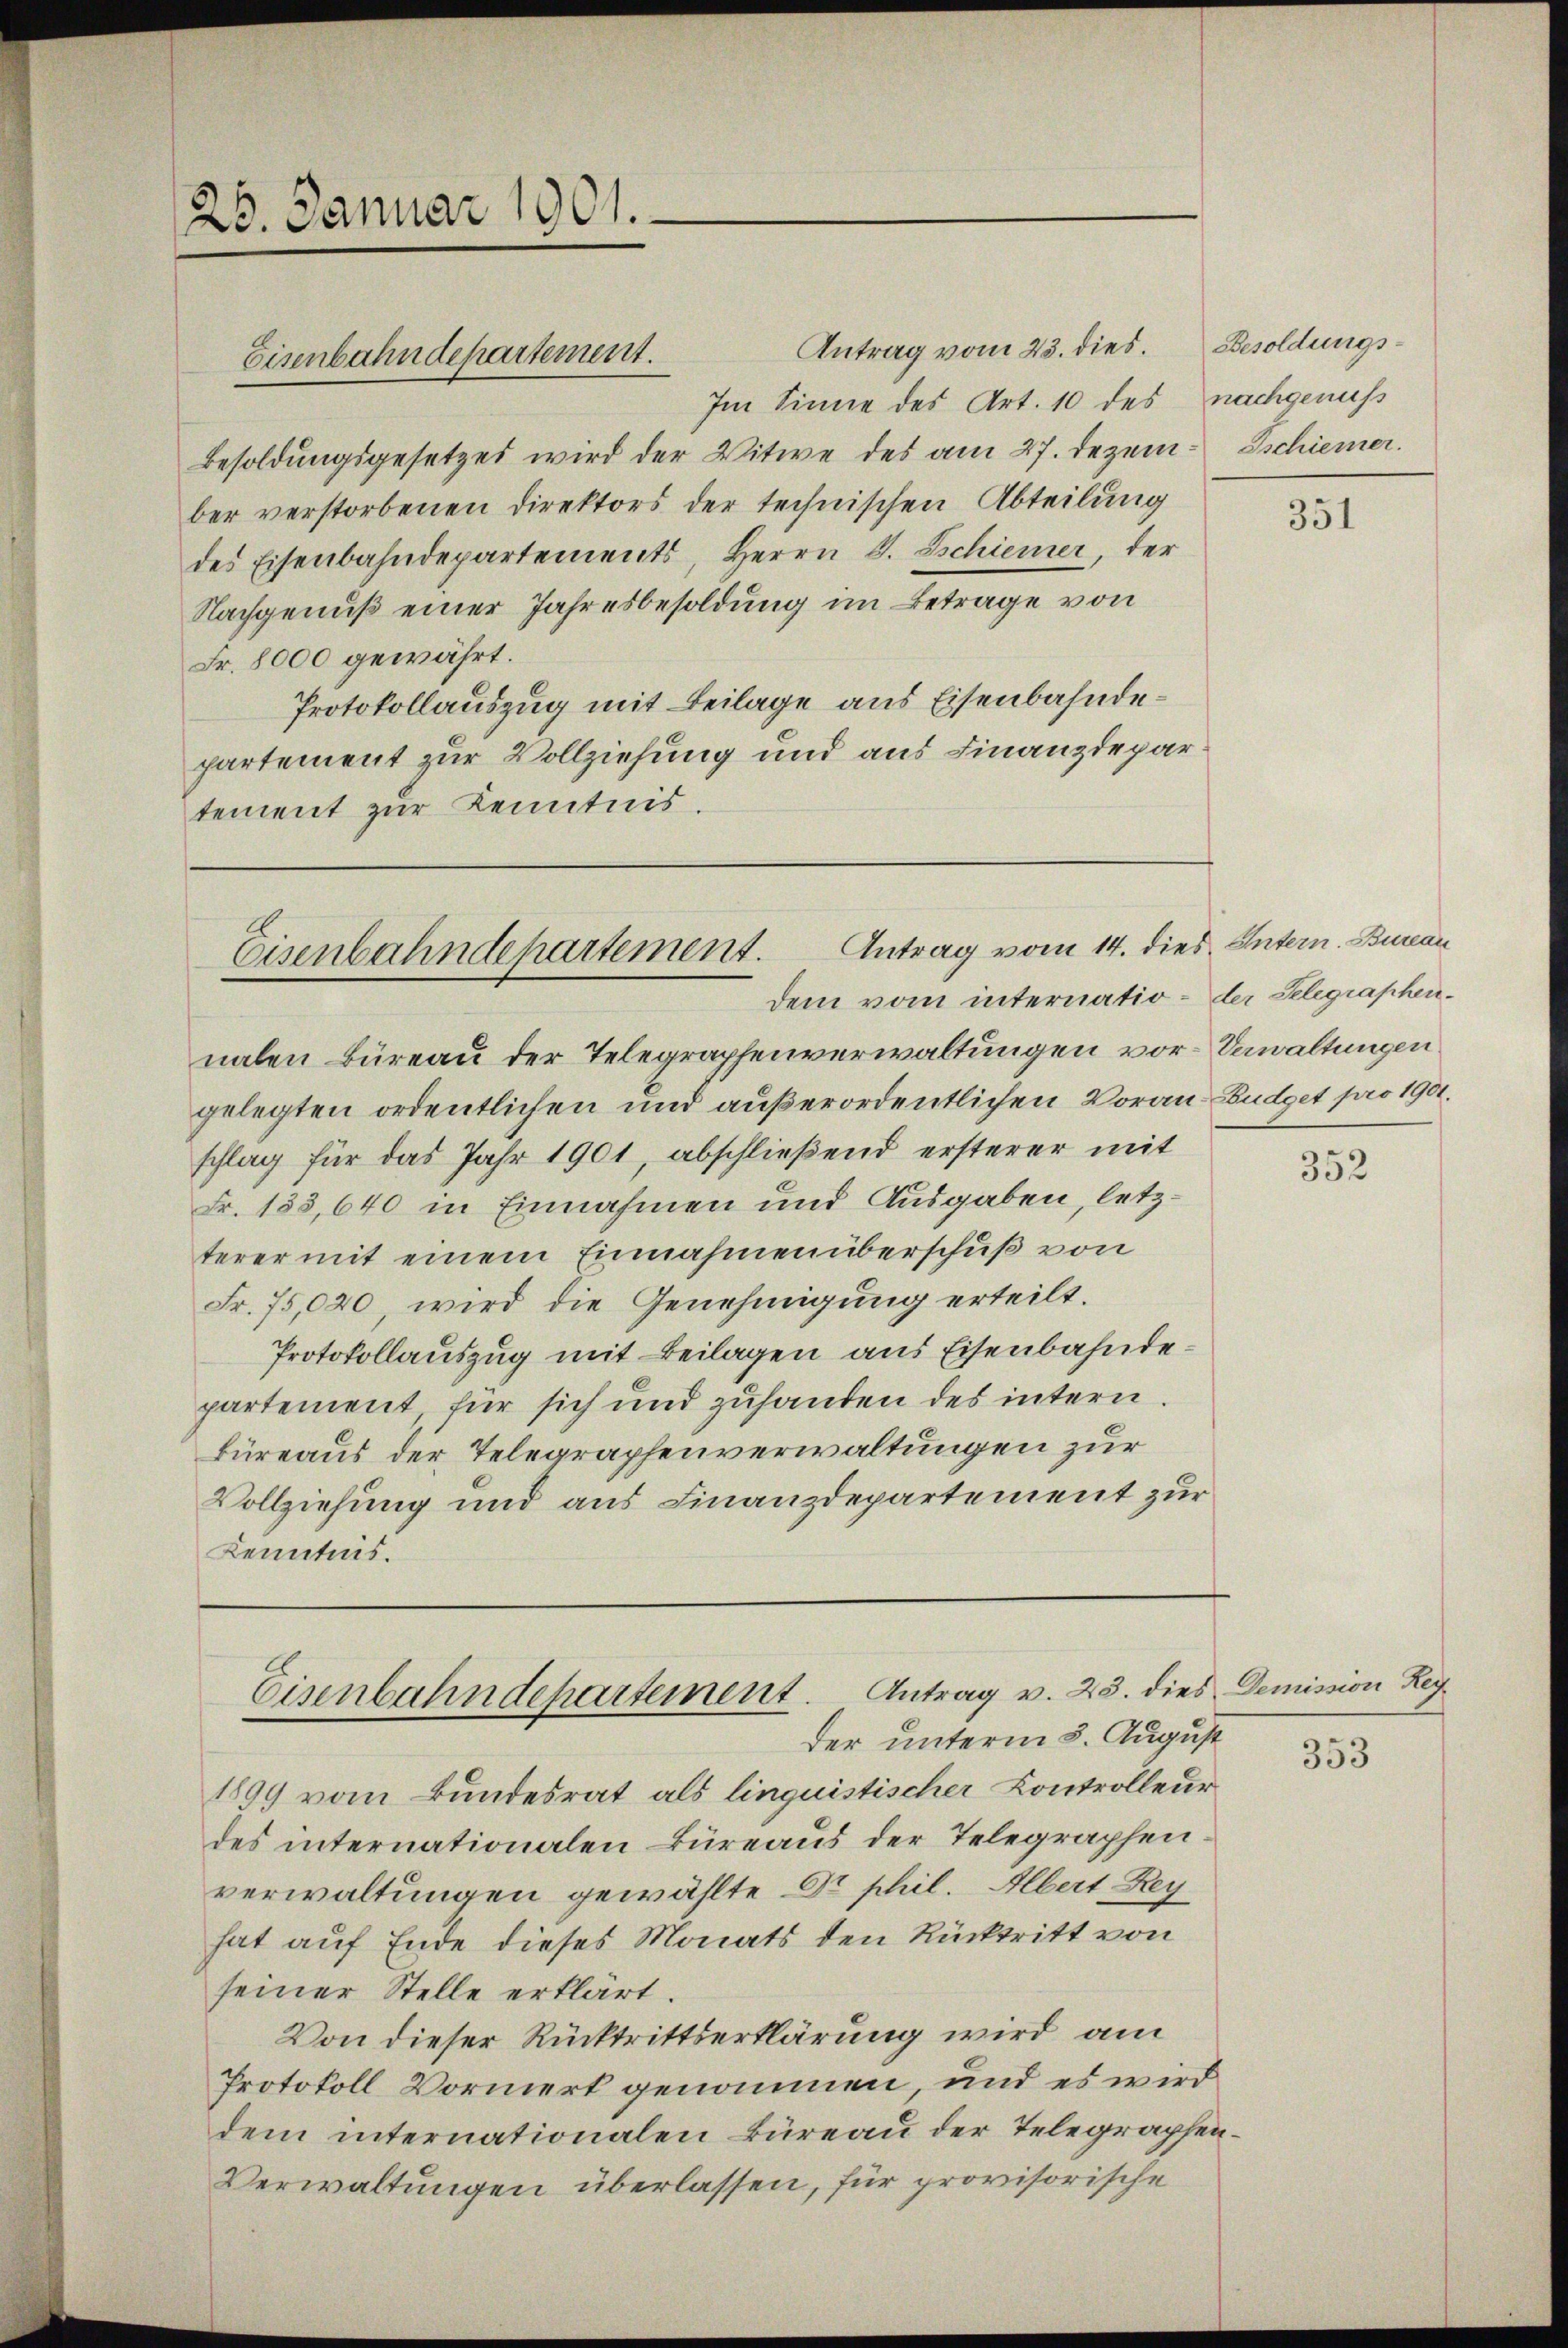
20. Januar 1901.

Antrag vom 23. dies. Besoldungs-
Im Sinne des Art. 10 des nachgenuss
Besoldungsgesetzes wird der Witwe des am 27. Dezem- Tschiener.
ber verstorbenen Direktors der technischen Abteilung
des Eisenbahndepartements, Herrn J. Schiener, der
Nachgenuß einer Jahresbesoldung im Betrage von
Fr. 8000 gewährt.
Protokollauszug mit Beilage aus Eisenbahndepartement zur Vollziehung und aus Finanzdepar
tement zur Kenntnis.

Eisenbahndepartement.

Eisenbahndepartement. Antrag vom 14. dies Untern. Bureau
dem vom internatio- der Selegraphen¬

Eisenbahndepartement. Antrag v. 23. dies Demission Rey
Der unterm 8. August

nalen Büreau der Telegraphenverwaltungen vor- Verwaltungen
gelegten ordentlichen und außerordentlichen Voran- Budget pro 1901.
schlag für das Jahr 1901, abschließend ersterer mit
Fr. 153,640 in Einnahmen und Ausgaben, letzterer mit einem Einnahmenüberschuß von
Fr. 75,020, wird die Genehmigung erteilt.
Protokollauszug mit Beilagen aus Eisenbahndepartement, für sich und zuhanden des intern.
büreaus der Telegraphenverwaltungen zur
Vollziehung und aus Finanzdepartement zur
Kenntnis.

1899 vom Bundesrat als linquistischer Kontrolleur
des internationalen Büreaus der Telegraphenverwaltungen gewählte Dr. phil. Albert Rey
hat auf Ende dieses Monats den Rücktritt von
seiner Stelle erklärt.
Von dieser Rücktrittserklärung wird am
Protokoll Vormerk genommen und es wird
dem internationalen Büreau der Telegraphen¬
Verwaltungen überlassen, für provisorische

351

352

353